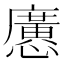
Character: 懬